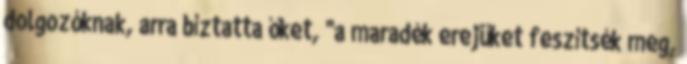
dolgozóknak, arra bíztatta őket, "a maradék erejüket feszítsék meg,